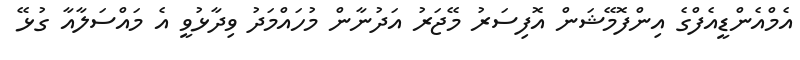
އެމްއެންޑީއެފްގެ އިންފޮމޭޝަން އޮފިސަރު މޭޖަރު އަދުނާން މުހައްމަދު ވިދާޅުވީ އެ މައްސަލާއާ ގުޅޭ